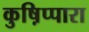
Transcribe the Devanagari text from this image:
कुष़िप्पारा